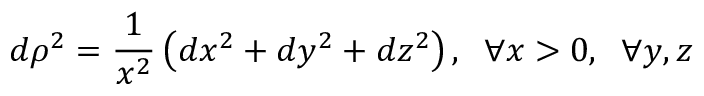
d \rho ^ { 2 } = { \frac { 1 } { x ^ { 2 } } } \left( d x ^ { 2 } + d y ^ { 2 } + d z ^ { 2 } \right) , \; \; \forall x > 0 , \; \; \forall y , z